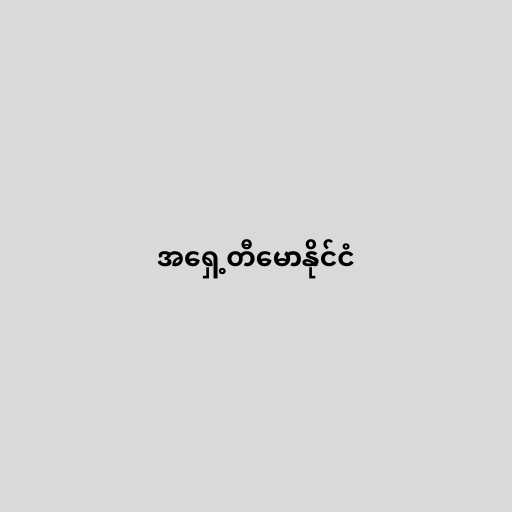
အရှေ့တီမောနိုင်ငံ